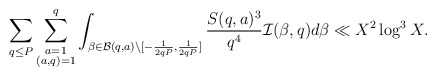
\begin{align*}\sum_{q\le P}\sum_{\substack{a=1\\ (a,q)=1}}^q\int_{\beta\in\mathcal{B}(q,a)\setminus[-\frac{1}{2qP},\frac{1}{2qP}]}\frac{S(q,a)^3}{q^4}\mathcal{I}(\beta,q)d\beta\ll X^2\log^3X.\end{align*}